342_HS1-416511228_319.1 Flying Discs 1949
Agency: Department of War
Incident date: 1/9/50
Page 122
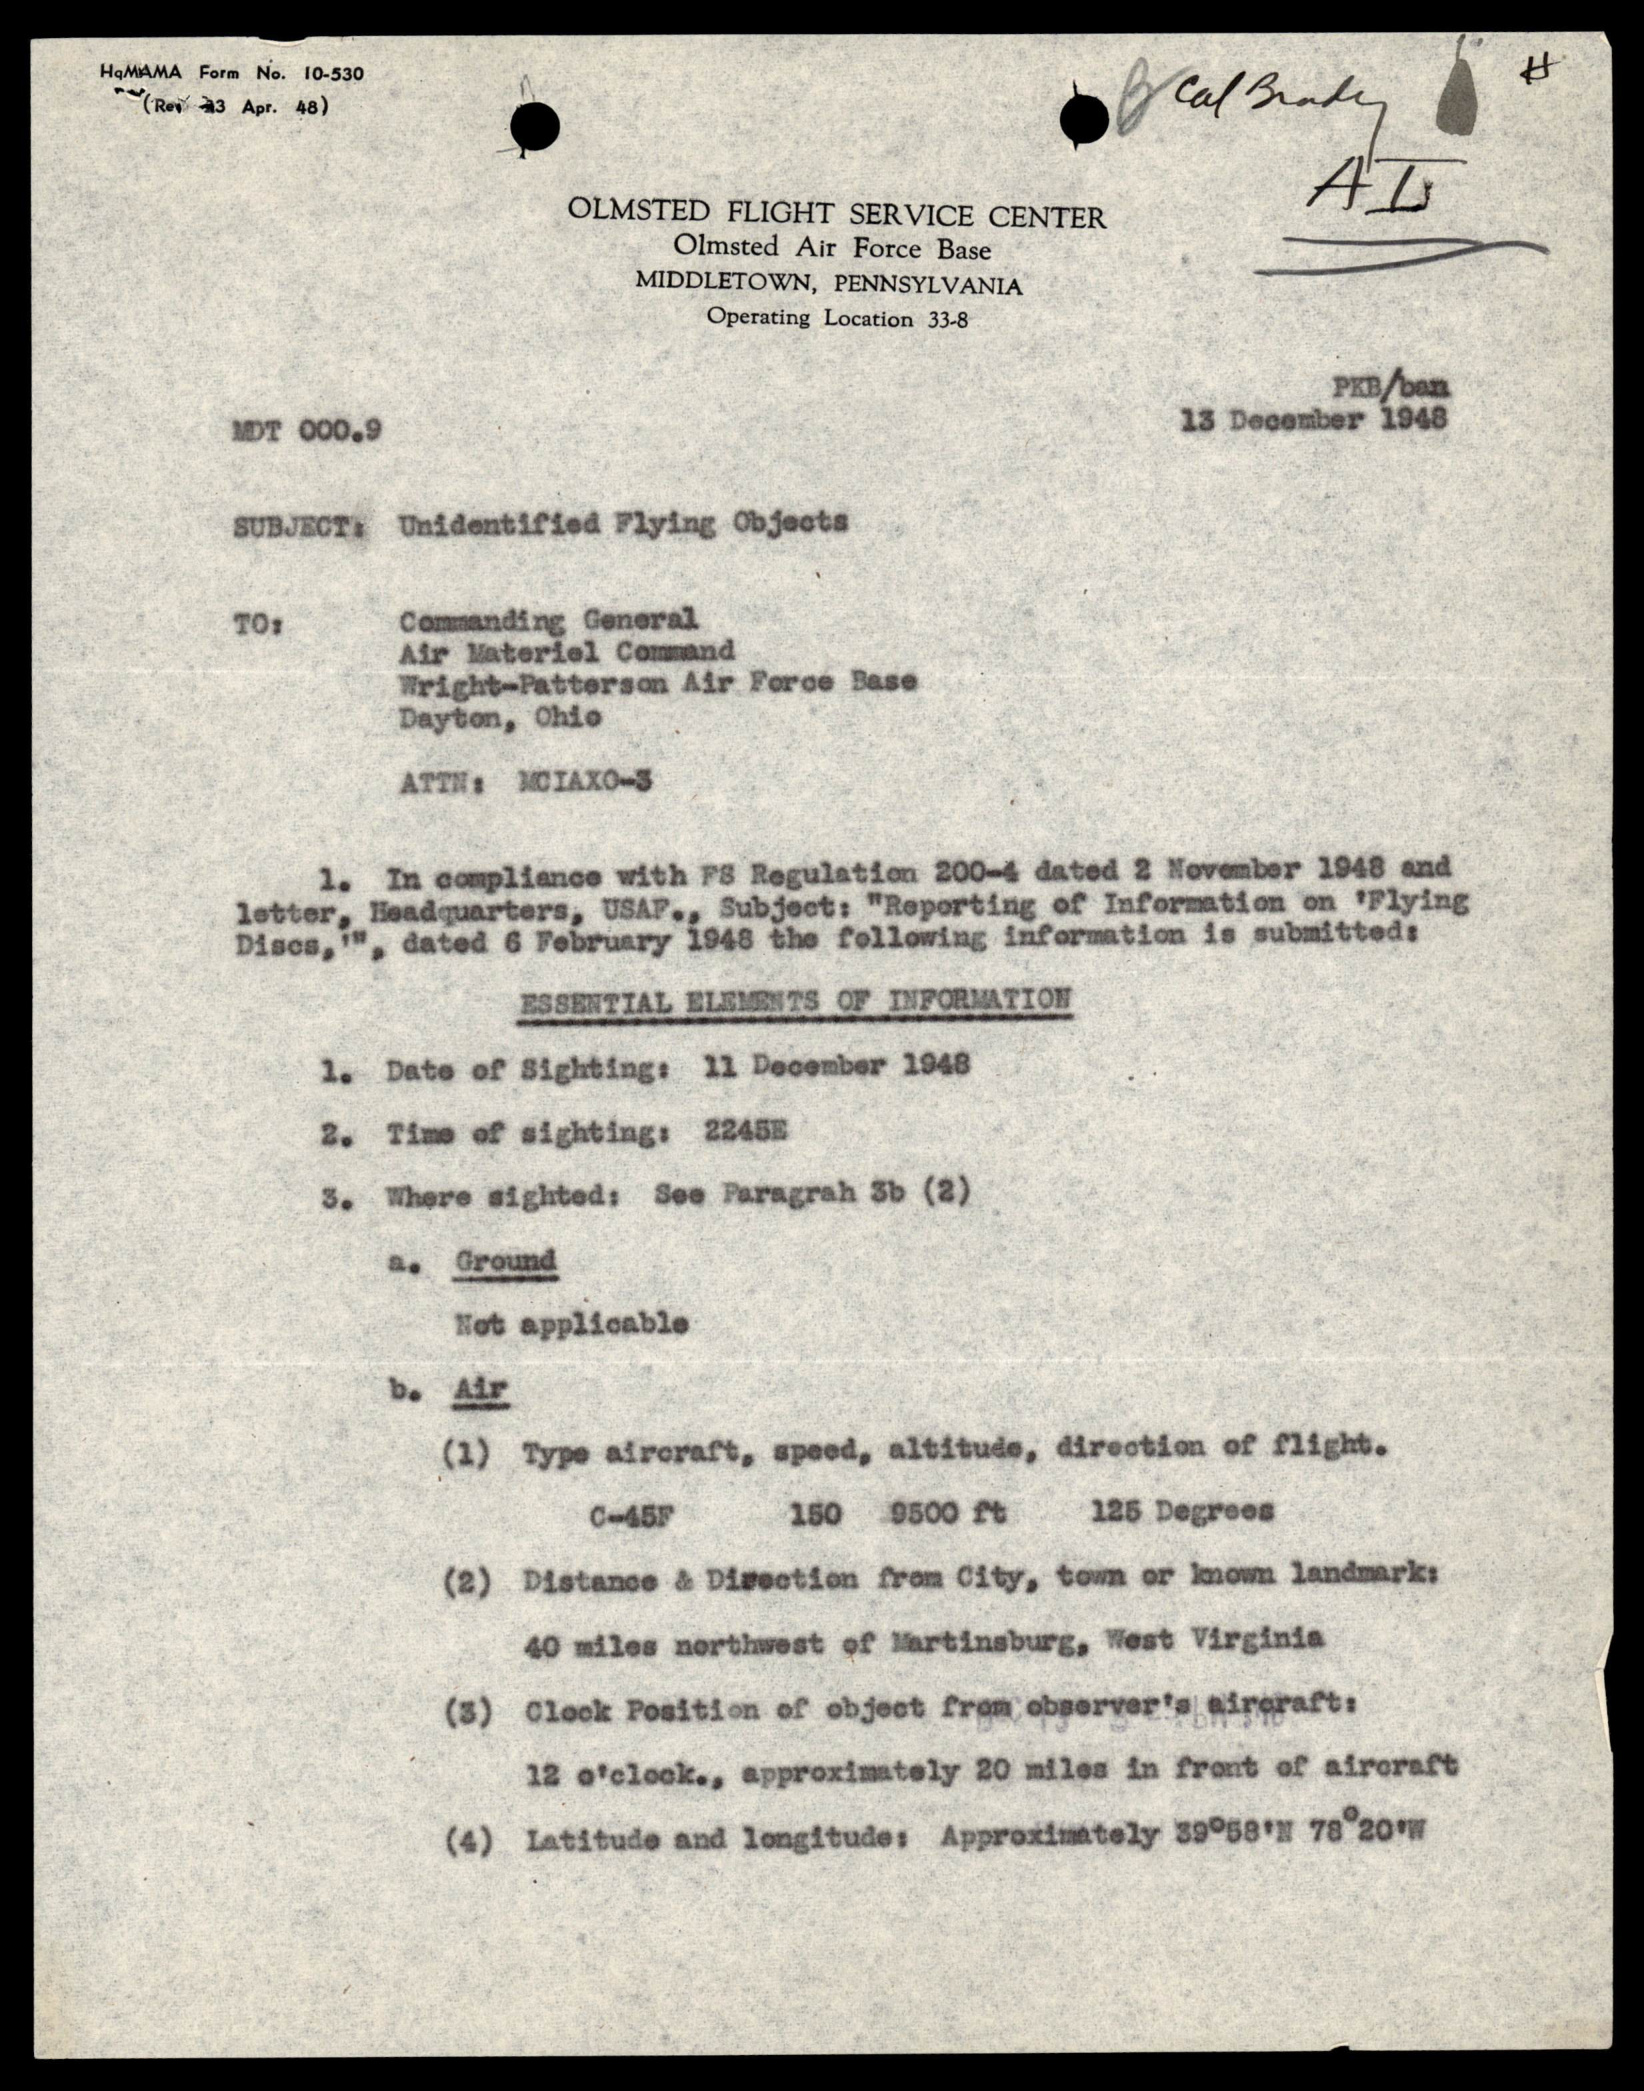